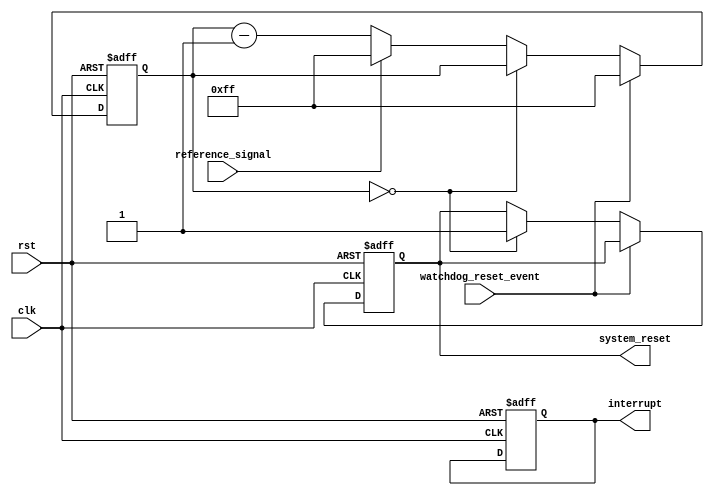
module watchdog_timer
(
    input wire clk,
    input wire rst,
    input wire reference_signal,
    input wire watchdog_reset_event,
    output reg interrupt,
    output reg system_reset
);

reg [7:0] counter;

always @(posedge clk or posedge rst) begin
    if (rst) begin
        counter <= 8'd255; //preset value
        interrupt <= 0;
        system_reset <= 0;
    end else begin
        if (watchdog_reset_event) begin
            counter <= 8'd255; //reset counter 
        end else begin
            if (counter == 0) begin
                system_reset <= 1;
            end else begin
                counter <= counter - 1;
                if (reference_signal) begin
                    counter <= 8'd255; //update counter
                end
            end
        end
    end
end

endmodule